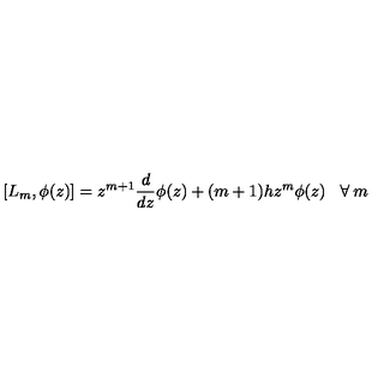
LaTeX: \left[ L _ { m } , \phi ( z ) \right] = z ^ { m + 1 } \frac { d } { d z } \phi ( z ) + ( m + 1 ) h z ^ { m } \phi ( z ) \: \: \: \: \forall \: m